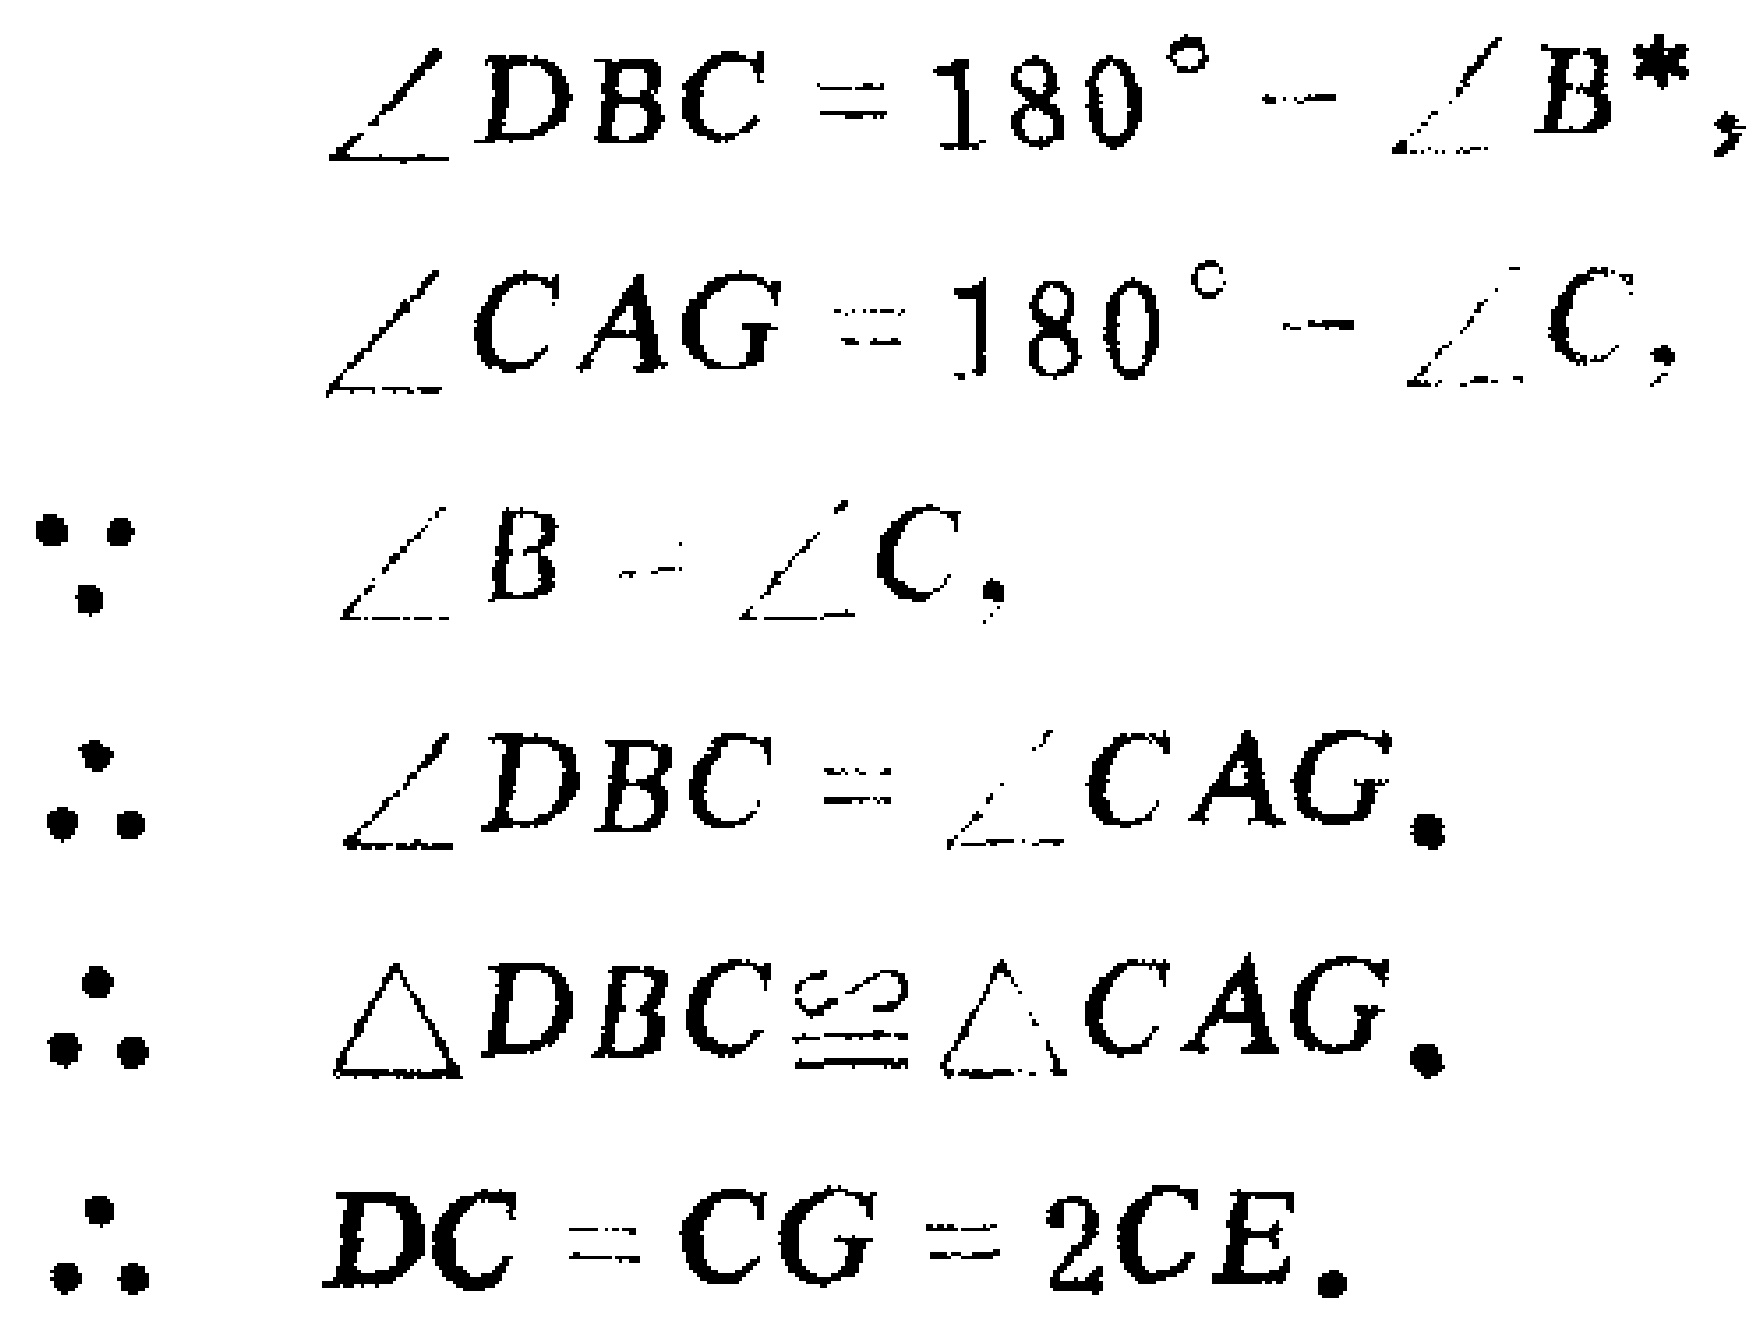
\begin{align*}

\angle DBC&=180^{\circ}-\angle B^{*},\\

\angle CAG&=180^{\circ}-\angle C,\\

\because\quad \angle B&=\angle C,\\

\therefore\quad \angle DBC&=\angle CAG.\\

\therefore\quad \triangle DBC&\cong \triangle CAG.\\

\therefore\quad DC&=CG = 2CE.

\end{align*}